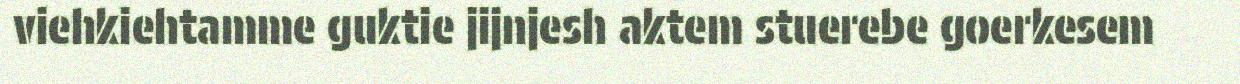
viehkiehtamme guktie jijnjesh aktem stuerebe goerkesem